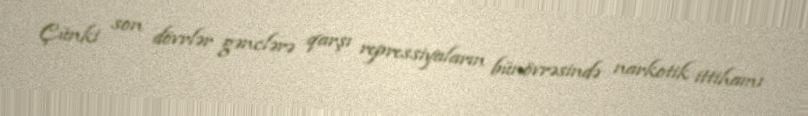
Çünki son dövrlər gənclərə qarşı repressiyaların bünövrəsində narkotik ittihamı